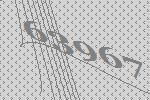
63967